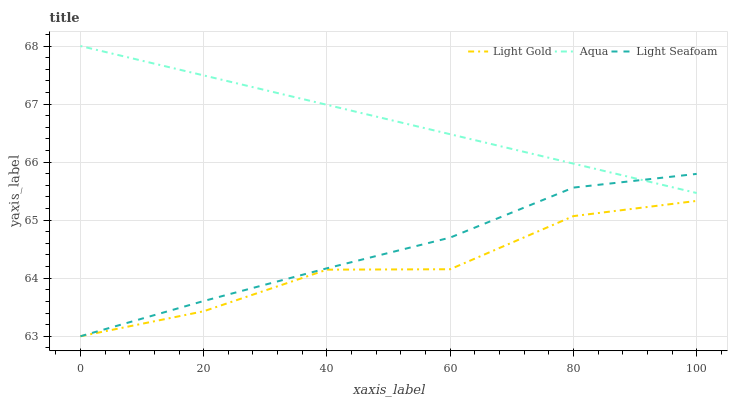
| xaxis_label | Light Gold | Aqua | Light Seafoam |
 | --- | --- | --- | --- |
 | 0 | 63 | 68 | 63 |
 | 20 | 63.4 | 67.5 | 63.6 |
 | 40 | 64.1 | 67 | 64.2 |
 | 60 | 64.2 | 66.5 | 64.7 |
 | 80 | 65.1 | 66 | 65.6 |
 | 100 | 65.3 | 65.5 | 65.8 |